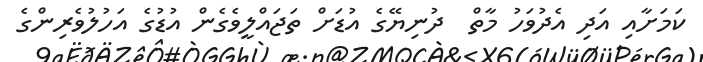
ކަމަށާއި އަދި އެދުވަހު މާތް  ދުނިޔޭގެ އުޑަށް ތަޖައްލީވެގެން އުޑުގެ އަހުލުވެރިންގެ